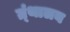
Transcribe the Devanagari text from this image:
ग्र्ंथालय